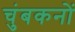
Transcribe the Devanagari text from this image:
चुंबकनों